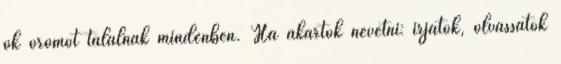
ők örömöt találnak mindenben. Ha akartok nevetni: irjatok, olvassatok